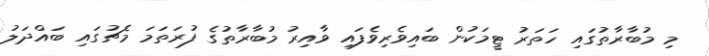
މި މުބާރާތުގައި ހަތަރު ޓީމަކުން ބައިވެރިވެފައި ވާއިރު މުބާރާތުގެ ފުރަތަމަ މެޗުގައި ބައްދަލު